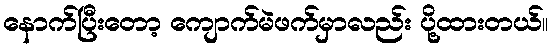
နောက်ပြီးတော့ ကျောက်မဲဖက်မှာလည်း ပို့ထားတယ်။